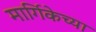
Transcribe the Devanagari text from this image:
मार्गिकेच्या